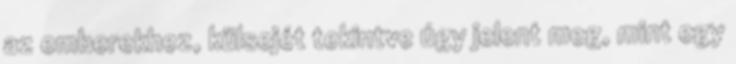
az emberekhez, külsejét tekintve úgy jelent meg, mint egy